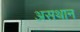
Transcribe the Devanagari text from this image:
असथान